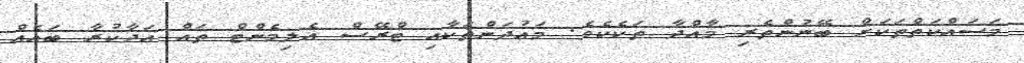
މަސައްކަތްތަކަށް ބޭނުންތެރި މާއްދާ ތަކެކެވެ. މަޢުދަންތަކާއި ޓްރޭސް އެލިމެންޓް ތައް އަދާކުރާ ބައެއް